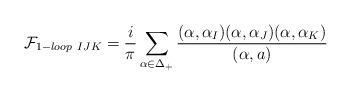
LaTeX: \begin{align*}{\cal F}_{1-loop \ IJK}={i\over \pi}\sum_{\alpha\in\Delta_{+}} {(\alpha,\alpha_{I}) (\alpha,\alpha_{J}) (\alpha,\alpha_{K}) \over (\alpha, a)}\end{align*}